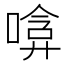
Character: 𠹞